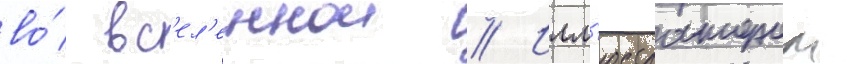
во́ вс'ел'еннои // Илл'юстратором